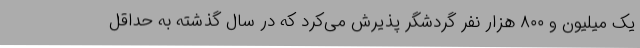
یک میلیون و ۸۰۰ هزار نفر گردشگر پذیرش می‌کرد که در سال گذشته به حداقل